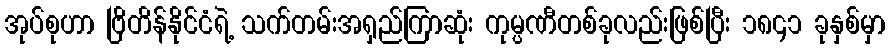
အုပ်စုဟာ ဗြိတိန်နိုင်ငံရဲ့ သက်တမ်းအရှည်ကြာဆုံး ကုမ္ပဏီတစ်ခုလည်းဖြစ်ပြီး ၁၈၄၁ ခုနှစ်မှာ